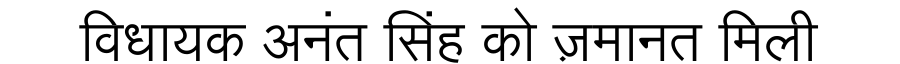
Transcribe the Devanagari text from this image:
विधायक अनंत सिंह को ज़मानत मिली